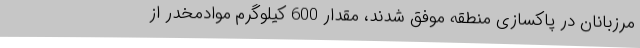
مرزبانان در پاکسازی منطقه موفق شدند، مقدار 600 کیلوگرم موادمخدر از